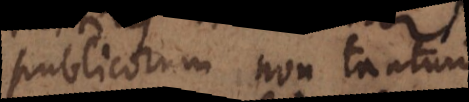
publicorum non tantum